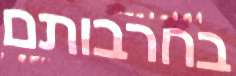
בחרבותם